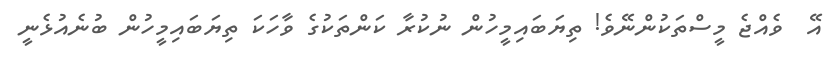
އޭ  ވެއްޖެ މީސްތަކުންނޭވެ! ތިޔަބައިމީހުން ނުކުރާ ކަންތަކުގެ ވާހަކަ ތިޔަބައިމީހުން ބުނެއުޅެނީ